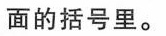
面的括号里。